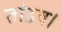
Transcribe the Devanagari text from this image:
तांडव।